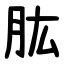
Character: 肱